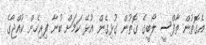
އެގޮތުން ތާފްސީ ލޯބީގެ ގޮތުން ގުޅިގެން އުޅޭ ކަމަށް ބުނާ ފިރިހެން ކުއްޖާގެ